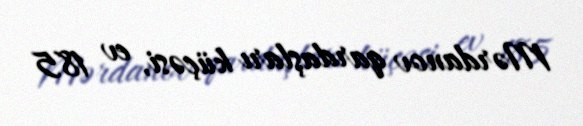
Mərdanov qardaşları küçəsi, ev 185